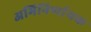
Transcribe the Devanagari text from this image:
अभिनिर्णायक